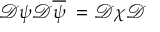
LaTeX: \mathcal { D } \psi \mathcal { D } \overline { { { \psi } } } \; = \mathcal { D } \chi \mathcal { D }